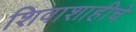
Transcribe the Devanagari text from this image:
शिवाशाहीचे